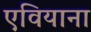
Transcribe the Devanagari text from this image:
एवियाना